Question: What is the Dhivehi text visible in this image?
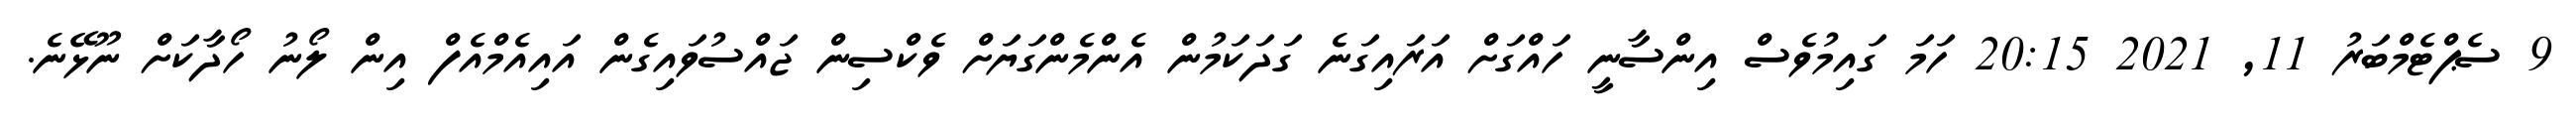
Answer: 9 ސެޕްޓެމްބަރު 11, 2021 20:15 ހަމަ ގައިމުވެސް އިންސާނީ ހައްގަށް އަރައިގަނެ ގަދަކަމުން އެންމެންގަޔަށް ވެކްސިން ޖައްސުވައިގެން އައިއެމްއެފް އިން ލޯނު ހޯދާކަށް ނޫޅޭނެ.